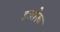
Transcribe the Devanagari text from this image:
इन्नोरू